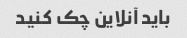
باید آنلاین چک کنید